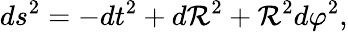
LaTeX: ds^{2}=-dt^{2}+d\mathcal{R}^{2}+\mathcal{R}^{2}d\varphi^{2},